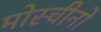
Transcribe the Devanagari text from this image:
मोस्चीनो